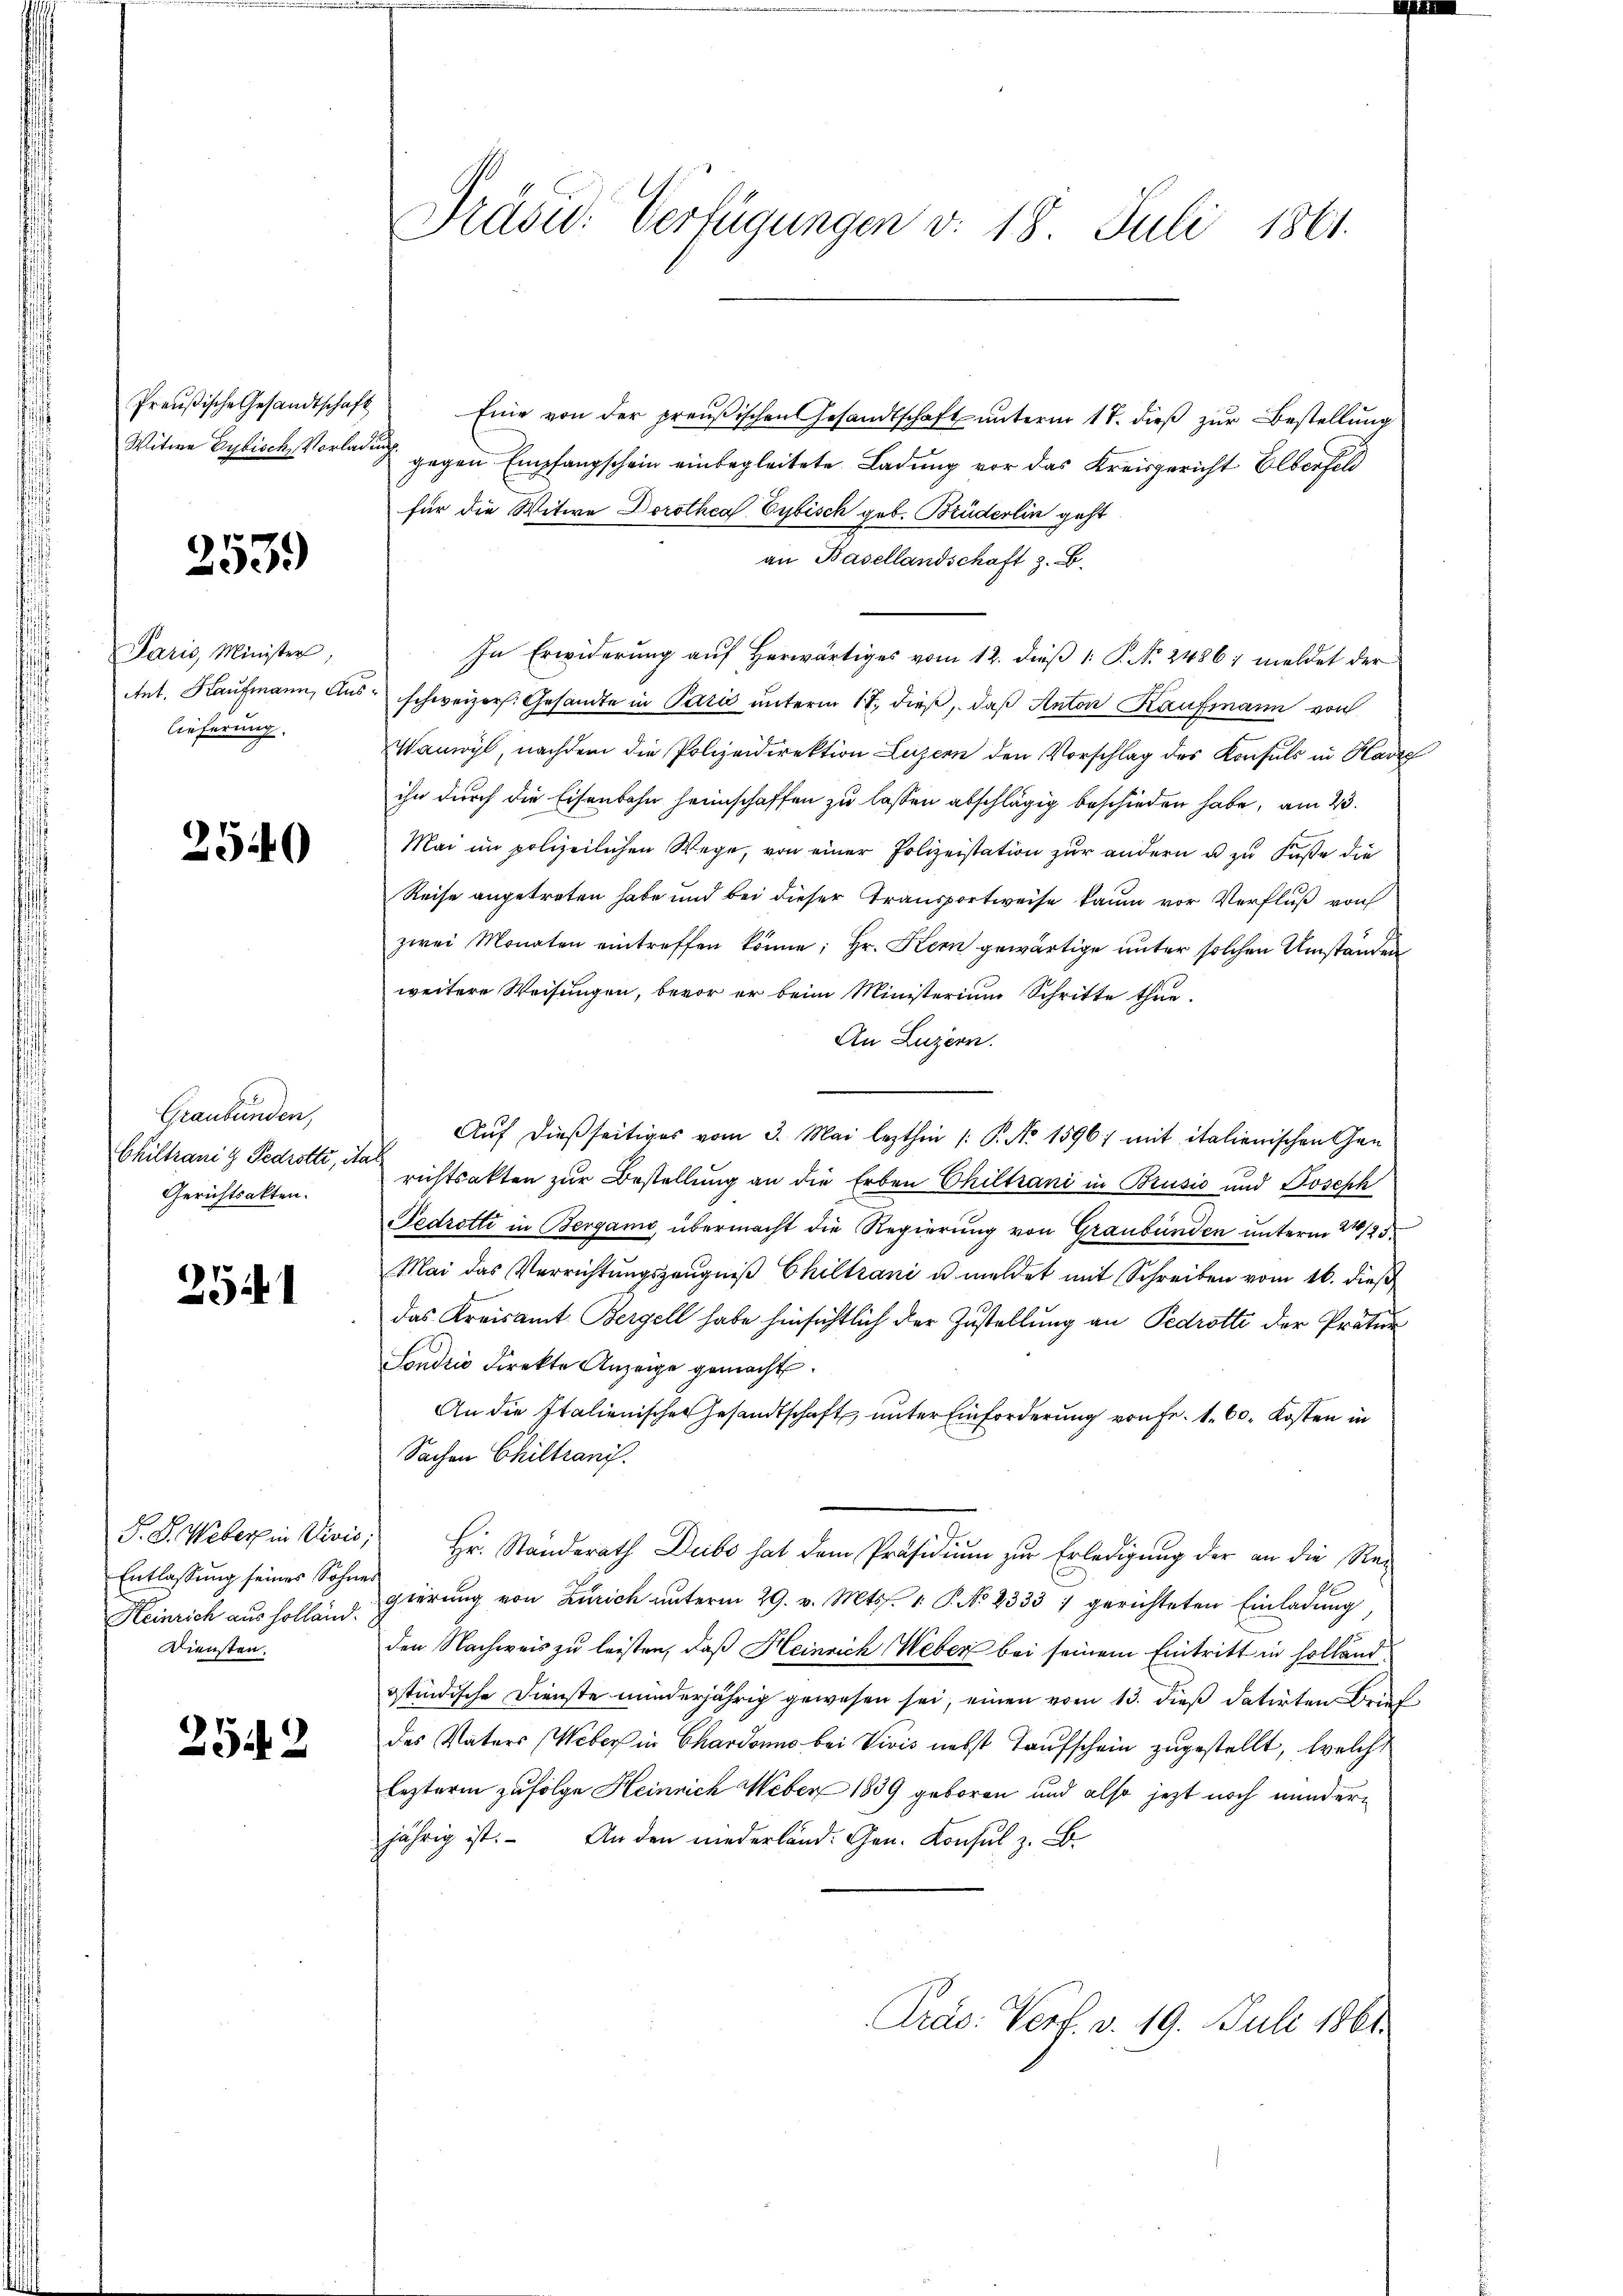
Preußische Gesandtschaft
Witwe Eybisch, Vorladung.

2539)

Paris, Minister
Ant. Kaufmann, Anlieferung.

2540

Graubünden,
Chiltrani 9 Pedrotti, die
Gerichtsakten.

2541

S. D. Webers in Divis
Entlassung seines Sohne.
Heinrich aus Holland.
Diensten.

2542

Präsid. Verfügungen v. 18. Juli 1861.

Eine von der preußischen Gesandtschaft unterm 17. dieß zur Bestellung
gegen Empfangschein einbegleitete Ladung vor das Kreisgericht Elberfeld
für die Witwe Dorothea Cybisch geb. Brüderlin geht
an Basellandschaft z. B.
In Erwiderung auf Herwärtiges vom 12. dieß 1 S. No. 2486; meldet der
schweizer. Gesandte in Paris unterm 17. dieß, daß Anton Kaufmann von
Wanwyl, nachdem die Polizeidirektion Luzern den Vorschlag des Konsuls in Kadas
ihn durch die Eisenbahn heimschaffen zu lassen abschlägig beschieden habe, am 23.
Mai im polizeilichen Wege, von einer Polizeistation zur andern u zu Faste die
Reise angetreten habe und bei dieser Transportweise kaum vor Verfluß von
zwei Monaten eintreffen könne; Hr. Kern gewärtige unter solchen Umständen
weitere Weisungen, bevor er beim Ministerium Schritte thue-
An Luzern.
Auf dießseitiges vom 3. Mai lezthin /: P. No 1596) mit italienischen Gen
richtsakten zur Bestellung an die Erben Chiltrani in Brusio und Joseph
Fedrotti in Bergamo übermacht die Regierung von Graubünden unterm 21/25.
Mai das Verrichtŭngszeŭgniβ Chiltrani u. meldet mit Schreiben vom 16. dieß
das Kreisamt Bergell habe hinsichtlich der Zustellung an Pedrotti der Prätur
Sondrio direkte Anzeige gemacht.
An die Italienischen Gesandtschaft unter Einforderung von Fr. 1. 60, Kosten in
Sachen Chiltrani.
 Hr. Standerath Dubs hat dem Präsidiŭm zŭr Erledigŭng der an die Rei
gierŭng von Zürich ŭnterm 29. v. Mts. 1. P. No 2333 : gerichteten Einladŭng,
den Nachweis zu leisten, daß Heinrich Weber bei seinem Eintritt in hollandostindische Dienste minderjährig gewesen sei, einen vom 13. dieß datirten Brief
des Vaters (Weber in Chardonne bei Vivis nebst Taufschein zugestellt, welche
lezterm zufolge Heinrich Weber 1839 geboren und also jetzt noch minderjährig ist. An den niederland. Gen. Konsul z. B.
Pras: Verf. v. 19. Juli 1861.